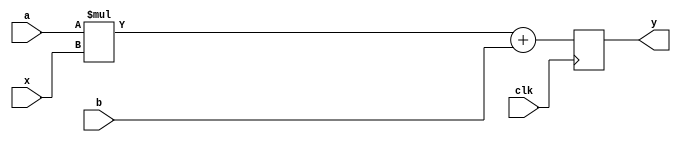
module circ(input clk, input [3:0] x, a, b, output reg [3:0] y);

always @(posedge clk) begin y = a*x; y = y+b; end
endmodule